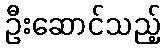
ဦးဆောင်သည့်